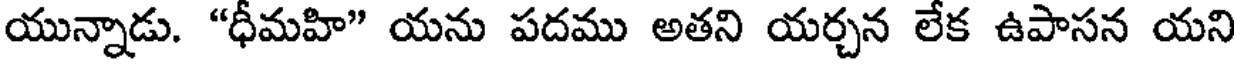
యున్నాడు. "ధీమహి" యను పదము అతని యర్చన లేక ఉపాసన యని